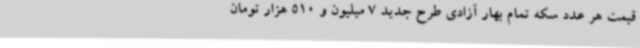
قیمت هر عدد سکه تمام بهار آزادی طرح جدید 7 میلیون و 510 هزار تومان